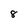
Character: 8